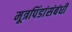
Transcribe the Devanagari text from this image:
मूत्रपिंडांसंबंधी